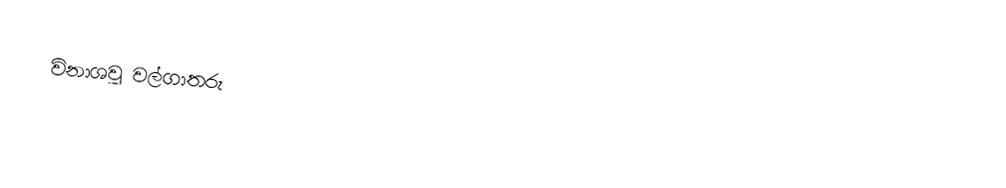
විනාශවූ වල්ගාතරු